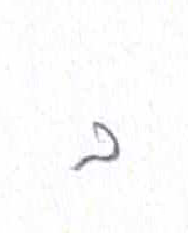
אות: ב